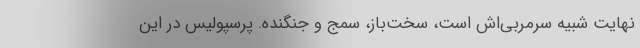
‌نهایت شبیه سرمربی‌اش است، سخت‌باز، سمج و جنگنده. پرسپولیس در این